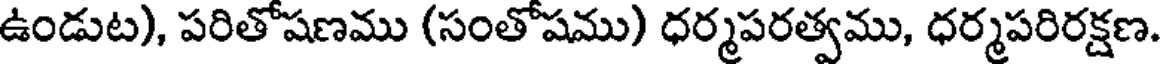
ఉండుట), పరితోషణము (సంతోషము) ధర్మపరత్వము, ధర్మపరిరక్షణ.